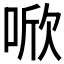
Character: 𪡗